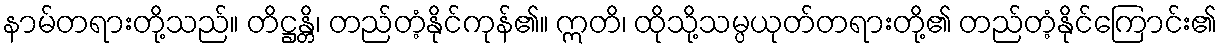
နာမ်တရားတို့သည်။ တိဋ္ဌန္တိ၊ တည်တံ့နိုင်ကုန်၏။ ဣတိ၊ ထိုသို့သမ္ပယုတ်တရားတို့၏ တည်တံ့နိုင်ကြောင်း၏